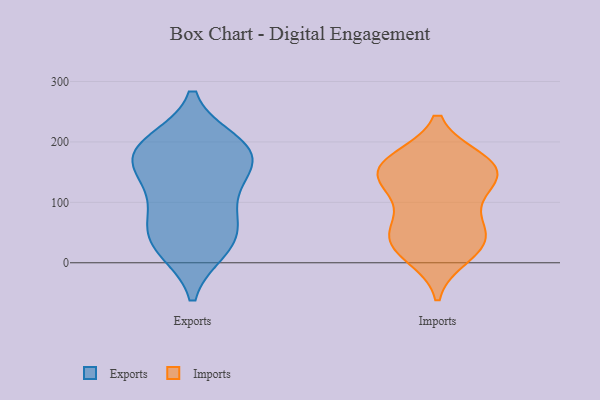
{"axis": {"x": "Production Output", "y": "Value"}, "legend": ["Exports", "Imports"], "data": [{"x": "", "y": 152, "type": "Exports"}, {"x": "", "y": 23, "type": "Exports"}, {"x": "", "y": 75, "type": "Exports"}, {"x": "", "y": 198, "type": "Exports"}, {"x": "", "y": 141, "type": "Exports"}, {"x": "", "y": 185, "type": "Exports"}, {"x": "", "y": 182, "type": "Exports"}, {"x": "", "y": 192, "type": "Exports"}, {"x": "", "y": 64, "type": "Exports"}, {"x": "", "y": 175, "type": "Exports"}, {"x": "", "y": 27, "type": "Exports"}, {"x": "", "y": 36, "type": "Exports"}, {"x": "", "y": 107, "type": "Exports"}, {"x": "", "y": 63, "type": "Imports"}, {"x": "", "y": 27, "type": "Imports"}, {"x": "", "y": 165, "type": "Imports"}, {"x": "", "y": 127, "type": "Imports"}, {"x": "", "y": 167, "type": "Imports"}, {"x": "", "y": 107, "type": "Imports"}, {"x": "", "y": 47, "type": "Imports"}, {"x": "", "y": 50, "type": "Imports"}, {"x": "", "y": 151, "type": "Imports"}, {"x": "", "y": 29, "type": "Imports"}, {"x": "", "y": 12, "type": "Imports"}, {"x": "", "y": 146, "type": "Imports"}, {"x": "", "y": 169, "type": "Imports"}, {"x": "", "y": 145, "type": "Imports"}]}